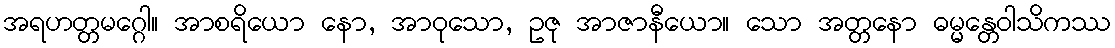
အရဟတ္တမဂ္ဂေါ။ အာစရိယော နော, အာဝုသော, ဥဇု အာဇာနီယော။ သော အတ္တနော ဓမ္မန္တေဝါသိကဿ